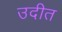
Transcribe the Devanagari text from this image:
उदीत